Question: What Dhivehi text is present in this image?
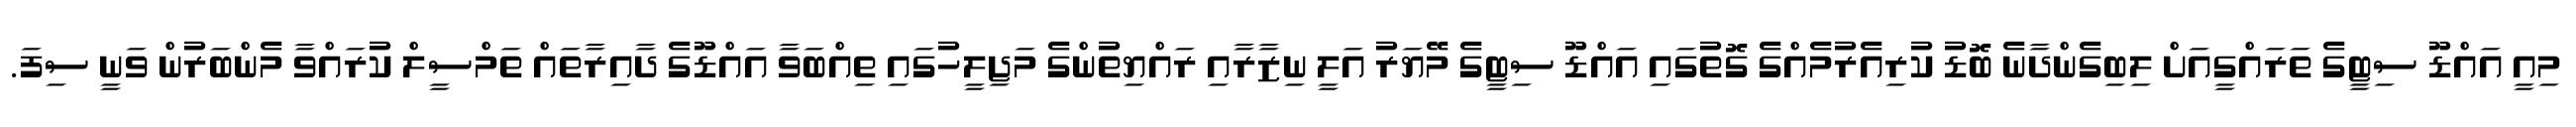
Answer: މިއީ އައްޑޫ ސިޓީގެ ތަރައްގީއަށް ލިބިގެންދާނެ ބޮޑު ކުރިއެރުމެއްގެ ގޮތުގައި އައްޑޫ ސިޓީގެ މޭޔަރު އަލީ ނިޒާރާއި ރައްޔިތުންގެ މަޖިލީހުގައި ތިއްބަވާ އައްޑޫގެ ދާއިރާތައް ތަމްސީލް ކުރައްވާ މެންބަރުން ވަނީ ސިފަ.